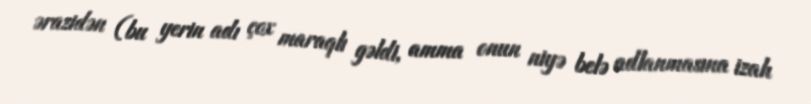
ərazidən (bu yerin adı çox maraqlı gəldi, amma onun niyə belə adlanmasına izah